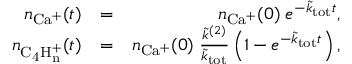
\begin{array} { r l r } { n _ { \mathrm { C a ^ { + } } } ( t ) } & { = } & { n _ { \mathrm { C a ^ { + } } } ( 0 ) \; e ^ { - \tilde { k } _ { \mathrm { t o t } } t } , } \\ { n _ { \mathrm { C _ { 4 } H _ { n } ^ { + } } } ( t ) } & { = } & { n _ { \mathrm { C a ^ { + } } } ( 0 ) \; \frac { \tilde { k } ^ { ( 2 ) } } { \tilde { k } _ { \mathrm { t o t } } } \left( 1 - e ^ { - \tilde { k } _ { \mathrm { t o t } } t } \right) , } \end{array}